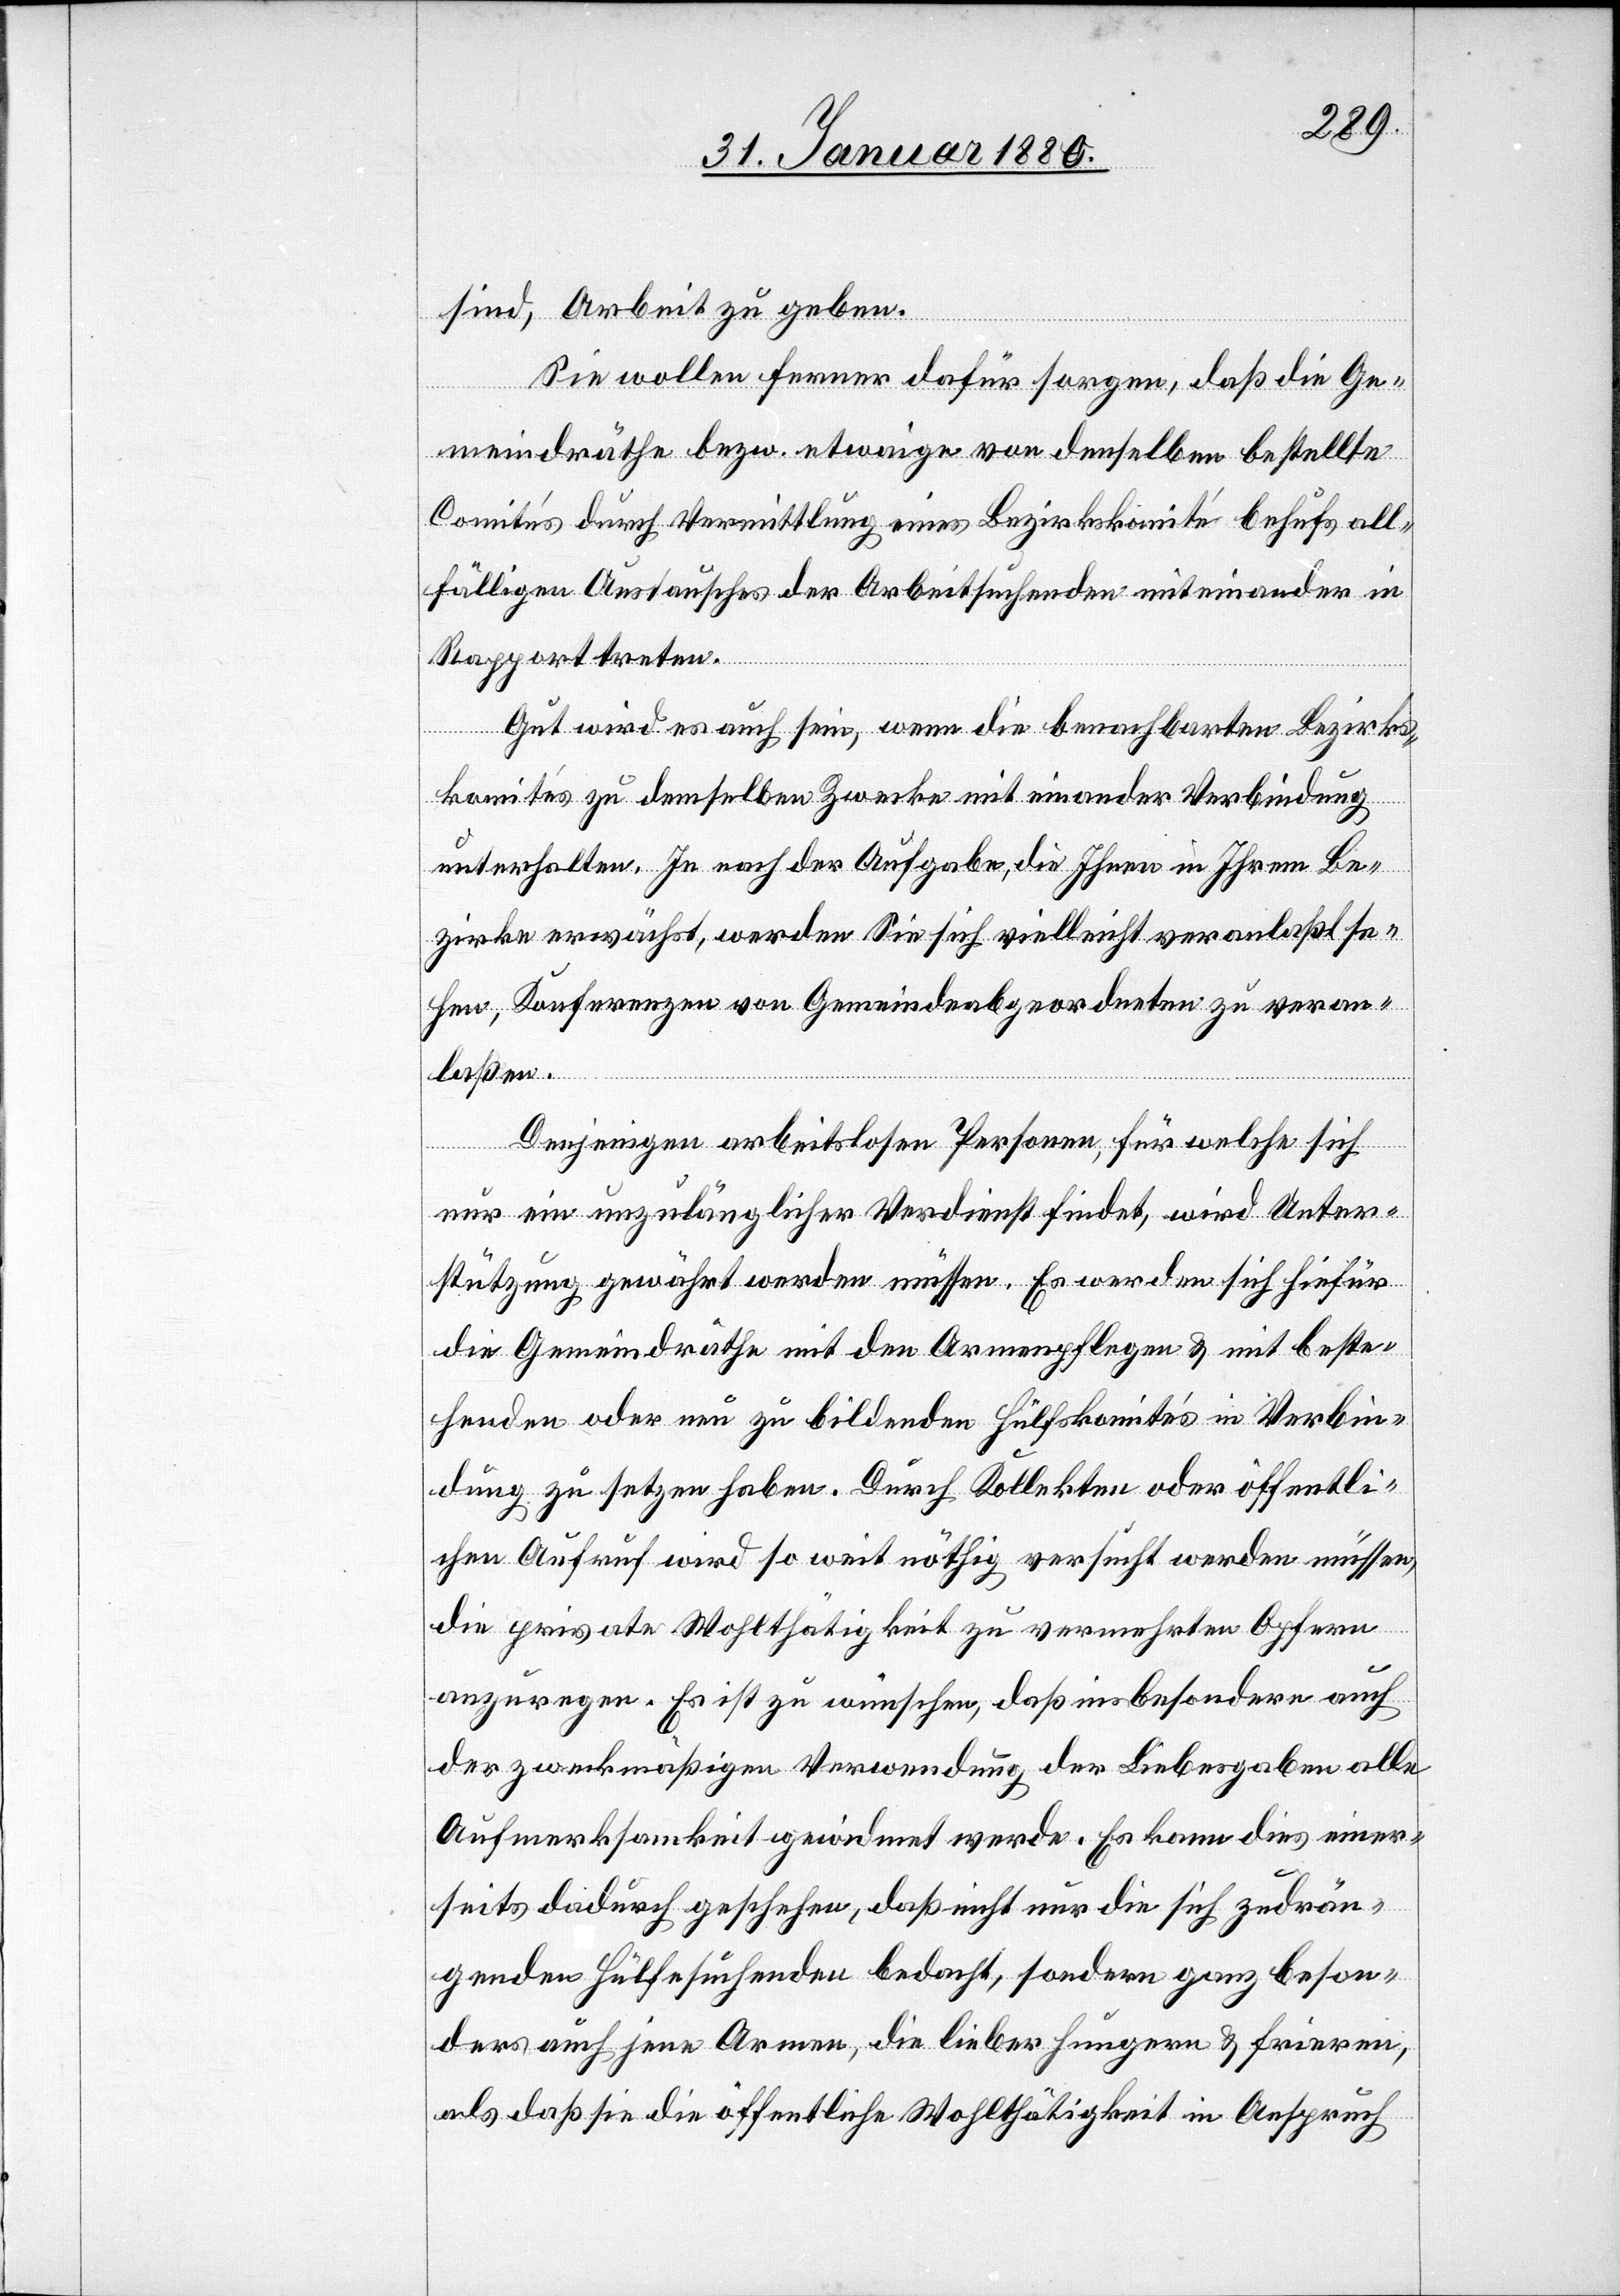
sind, Arbeit zu geben.
Sie wollen ferner dafür sorgen, daß die Ge¬
meindräthe bezw. etwaige von denselben bestellte
Comités durch Vermittlung eines Bezirkskomité behufs all¬
fälligen Austausches der Arbeitssuchenden miteinander in
Rapport treten.
Gut wird es auch sein, wenn die benachbarten Bezirks¬
komités zu demselben Zwecke mit einander Verbindung
unterhalten. Je nach der Aufgabe, die Ihnen in Ihrem Be¬
zirke erwächst, werden Sie sich vielleicht veranlaßt se¬
hen, Konferenzen von Gemeindeabgeordneten zu veran¬
laßen.
Denjenigen arbeitslosen Personen für welche sich
nur ein unzulänglicher Verdienst findet, wird Unter¬
stützung gewährt werden müssen. Es werden sich hiefür
die Gemeindräthe mit den Armenpflegen & mit beste¬
henden oder neu zu bildenden Hülfskomités in Verbin¬
dung zu setzen haben. Durch Kollekten oder öffentli¬
chen Aufruf wird so weit nöthig versucht werden müssen,
die private Wohlthätigkeit zu vermehrten Opfern
anzuregen. Es ist zu wünschen,. daß insbesondere auch
der zweckmäßigen Verwendung der Liebesgaben alle
Aufmerksamkeit gewidmet werde. Es kann dies einer¬
seits dadurch geschehen, daß nicht nur die sich zudrän¬
genden Hülfesuchenden bedacht, sondern ganz beson¬
ders auch jene Arme, die lieber hungern & frieren,
als daß sie die öffentliche Wohlthätigkeit in Anspruch